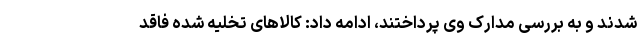
شدند و به بررسی مدارک وی پرداختند، ادامه داد: کالاهای تخلیه شده فاقد